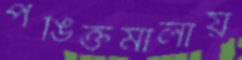
পঙিক্তমালায়